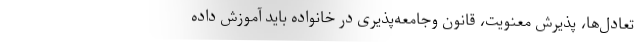
تعادل‌ها، پذیرش معنویت، قانون وجامعه‌پذیری در خانواده باید آموزش داده